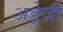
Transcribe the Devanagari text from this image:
अङ्रेज़ी